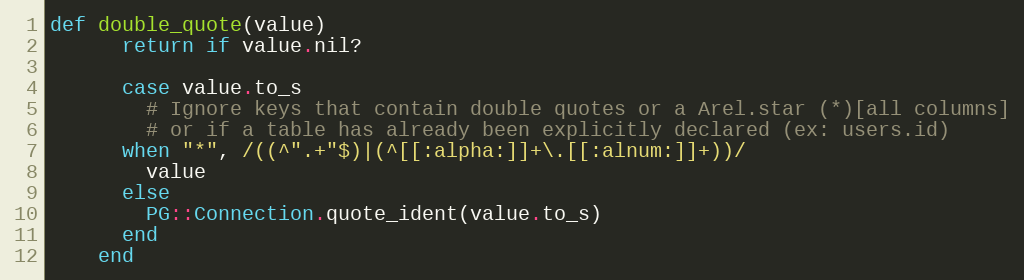
Language: Ruby
def double_quote(value)
      return if value.nil?

      case value.to_s
        # Ignore keys that contain double quotes or a Arel.star (*)[all columns]
        # or if a table has already been explicitly declared (ex: users.id)
      when "*", /((^".+"$)|(^[[:alpha:]]+\.[[:alnum:]]+))/
        value
      else
        PG::Connection.quote_ident(value.to_s)
      end
    end